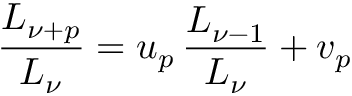
\frac { L _ { \nu + p } } { L _ { \nu } } = u _ { p } \, \frac { L _ { \nu - 1 } } { L _ { \nu } } + v _ { p }